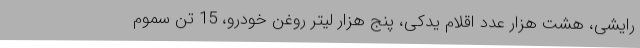
رایشی، هشت هزار عدد اقلام یدکی، پنج هزار لیتر روغن خودرو، 15 تن سموم